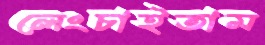
লেংচাইতাম